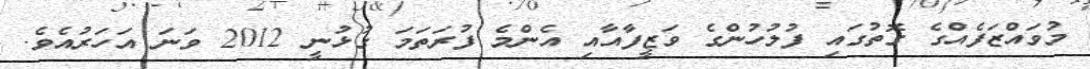
މުވައްޒަފެއްގެ ގޮތުގައި ފުލުހުންގެ ވަޒީފާއާއި އެންމެ ފުރަތަމަ ގުޅުނީ 2012 ވަނަ އަހަރުއެވެ.